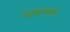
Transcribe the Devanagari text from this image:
पदयात्मक